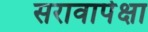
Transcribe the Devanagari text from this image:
सरावापेक्षा